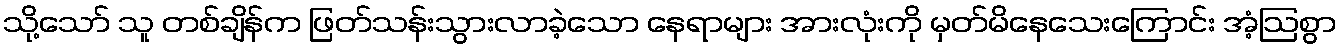
သို့သော် သူ တစ်ချိန်က ဖြတ်သန်းသွားလာခဲ့သော နေရာများ အားလုံးကို မှတ်မိနေသေးကြောင်း အံ့ဩစွာ